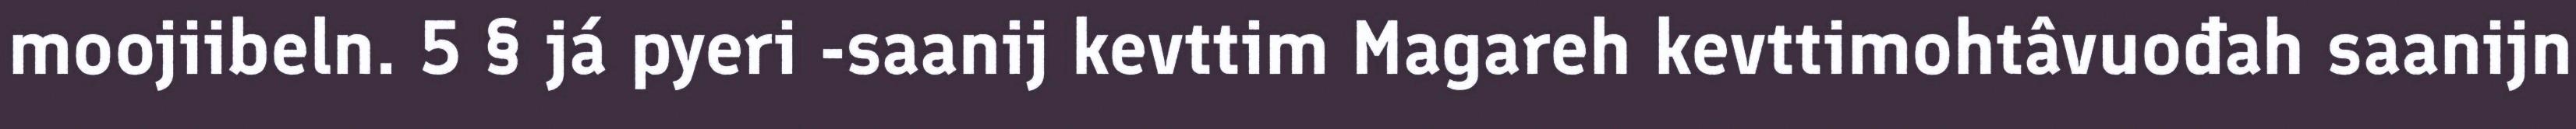
moojiibeln. 5 § já pyeri -saanij kevttim Magareh kevttimohtâvuođah saanijn